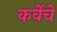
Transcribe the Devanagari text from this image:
कर्वेचे